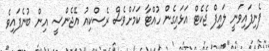
ފެނިފައިވަނީ ލައިފް ޖެކެޓް އަޅައިގެން ހުއްޓާ ކަމަށްވެސް ރެސްކިއު އޭޖެންސީ އިން ބުނެފައިވެ